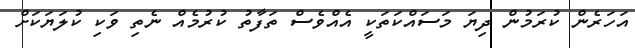
އަހަރެން ކުރަމުން ދިޔަ މަސައްކަތަކީ އެއްވެސް ތަފާތު ކުރުމެއް ނެތި ވަކި ކުލަޔަކަށް